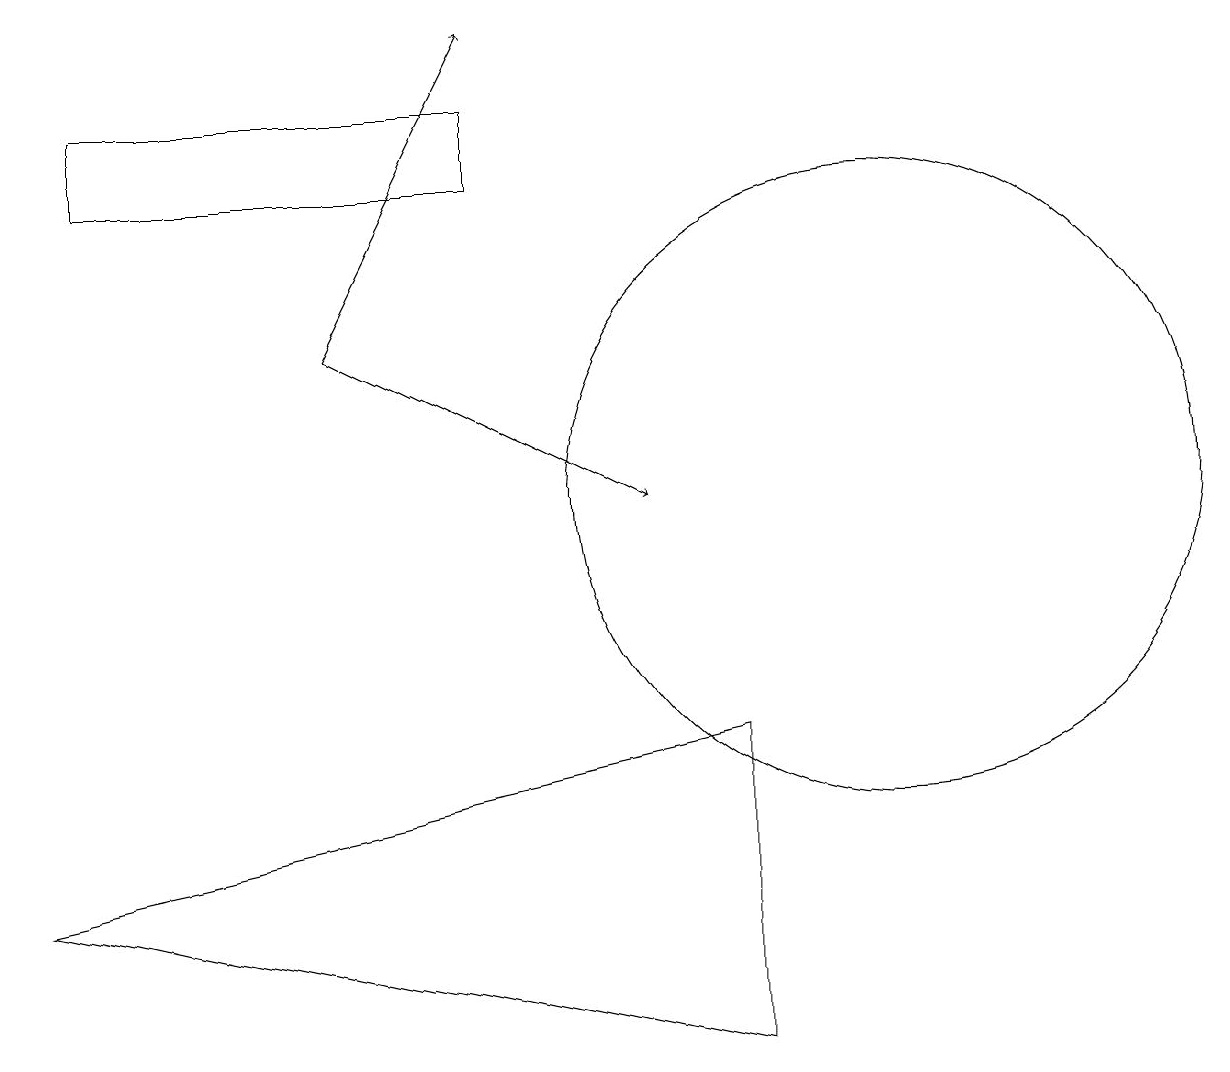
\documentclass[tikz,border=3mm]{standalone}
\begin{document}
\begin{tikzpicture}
\draw[->] (4,14) -- (8,12);
\draw (9,9) -- (0,7) -- (9,5) -- cycle;
\draw (11,12) circle (4);
\draw (6,16) rectangle (1,17);
\draw[->] (4,14) -- (6,18);
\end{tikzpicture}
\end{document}